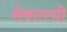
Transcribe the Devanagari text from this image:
सेक्टरची